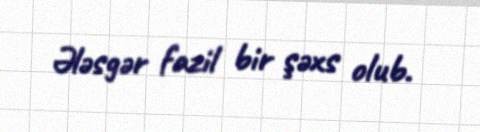
Ələsgər fazil bir şəxs olub.